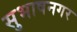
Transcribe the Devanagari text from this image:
सुभाषनगर